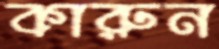
কারুন